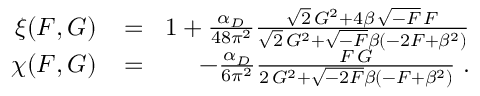
\begin{array} { r l r } { \xi ( { \cal F } , { \cal G } ) \! } & { { } = } & { \! 1 + \frac { \alpha _ { D } } { 4 8 \pi ^ { 2 } } \frac { \sqrt { 2 } \, { \cal G } ^ { 2 } + 4 \beta \, \sqrt { - { \cal F } } \, { \cal F } } { \sqrt { 2 } \, { \cal G } ^ { 2 } + \sqrt { - { \cal F } } \beta ( - 2 { \cal F } + \beta ^ { 2 } ) } } \\ { \chi ( { \cal F } , { \cal G } ) \! } & { { } = } & { \! - \frac { \alpha _ { D } } { 6 \pi ^ { 2 } } \frac { { \cal F } \, { \cal G } } { 2 \, { \cal G } ^ { 2 } + \sqrt { - 2 { \cal F } } \beta ( - { \cal F } + \beta ^ { 2 } ) } \; . } \end{array}